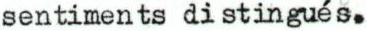
sentiments di stingués.